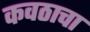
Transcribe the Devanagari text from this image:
कवठाचा